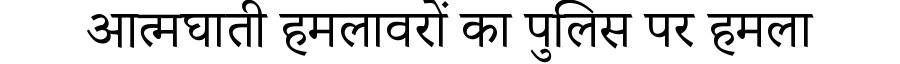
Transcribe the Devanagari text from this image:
आत्मघाती हमलावरों का पुलिस पर हमला